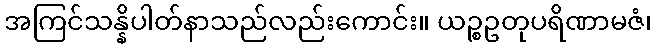
အကြင်သန္နိပါတ်နာသည်လည်းကောင်း။ ယဉ္စဥတုပရိဏာမဇံ၊